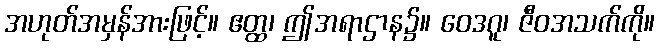
အဟုတ်အမှန်အားဖြင့်။ ဧတ္ထ၊ ဤအရာဌာန၌။ ဝေဒဂူ၊ ဇီဝအသက်ကို။